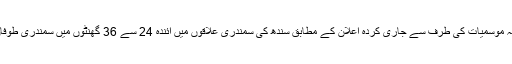
11 جون2019ء)محکمہ موسمیات کی طرف سے جاری کردہ اعلان کے مطابق سندھ کی سمندری علاقوں میں آئندہ 24 سے 36 گھنٹوں میں سمندری طوفان آنے کے امکانات ہیں۔